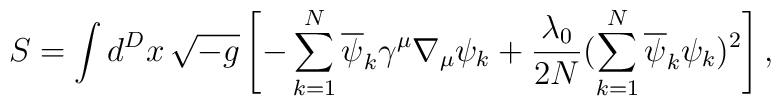
S=\int d^{D}x \,\sqrt{-g}  \left[-\sum^{N}_{k=1}  \overline{\psi}_{k}\gamma^{\mu}\nabla_{\mu}\psi_{k}  + \frac{\lambda_{0}}{2N}  (\sum^{N}_{k=1} \overline{\psi}_{k} \psi_{k})^{2}\right] ,